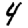
Digit: 4